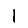
Digit: 1